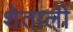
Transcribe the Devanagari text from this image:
शेताली